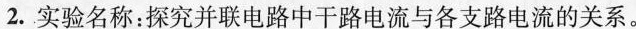
2.实验名称：探究并联电路中干路电流与各支路电流的关系。